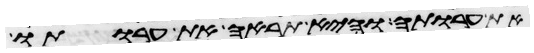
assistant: את ערותה והיא תראה את ערותו